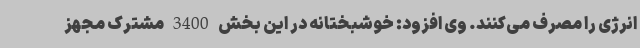
انرژی را مصرف می‌کنند. وی افزود: خوشبختانه در این بخش 3400 مشترک مجهز